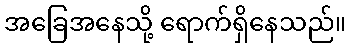
အခြေအနေသို့ ရောက်ရှိနေသည်။